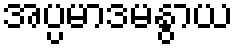
အပ္ပမာဒမနွာယ